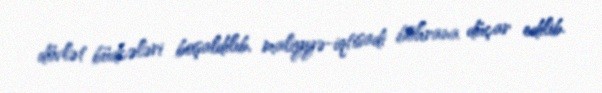
dövlət büdcələri boşaldılıb, maliyyə-iqtisadi böhrana düçar edilib.